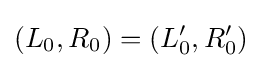
(L_{0},R_{0})=(L_{0}',R_{0}')